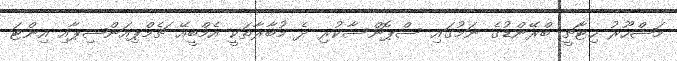
މަޝްހޫރު ހިޓާޗީ ބްރޭންޑުގެ ނަމުގައި ސްޕޮންސާކުރި ދެ މުބާރާތަކީ އެމްބީއޭ ޗެމްޕިއަންޝިޕާއި އިންޓަ